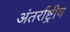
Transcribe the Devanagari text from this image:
अंतर्राष्ट्रीय